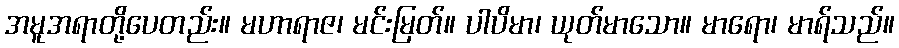
အမူအရာတို့ပေတည်း။ မဟာရာဇ၊ မင်းမြတ်။ ပါပိမာ၊ ယုတ်မာသော။ မာရော၊ မာရ်သည်။